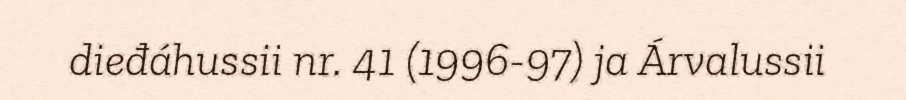
dieđáhussii nr. 41 (1996-97) ja Árvalussii